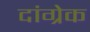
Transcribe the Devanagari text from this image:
दांग्रेक